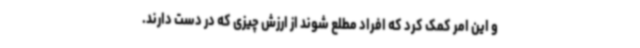
و این امر کمک کرد که افراد مطلع شوند از ارزش چیزی که در دست دارند.